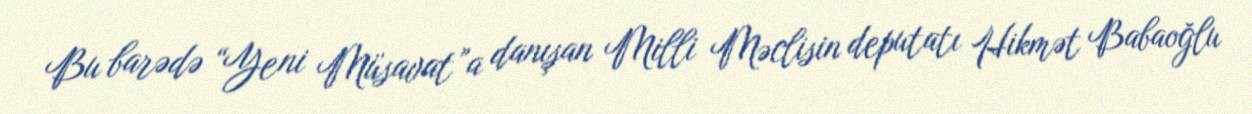
Bu barədə “Yeni Müsavat”a danışan Milli Məclisin deputatı Hikmət Babaoğlu